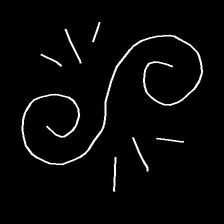
Glyph: wind-directs-air